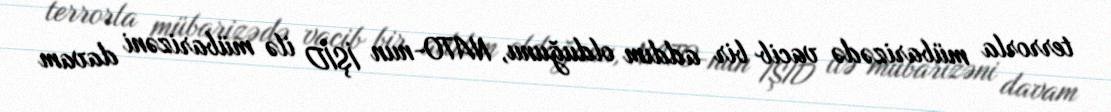
terrorla mübarizədə vacib bir addım olduğunu, NATO-nun İŞİD ilə mübarizəni davam